Civil Veterinary Department Bengal reports 1933-51 - 1933-1951
Year: 1933
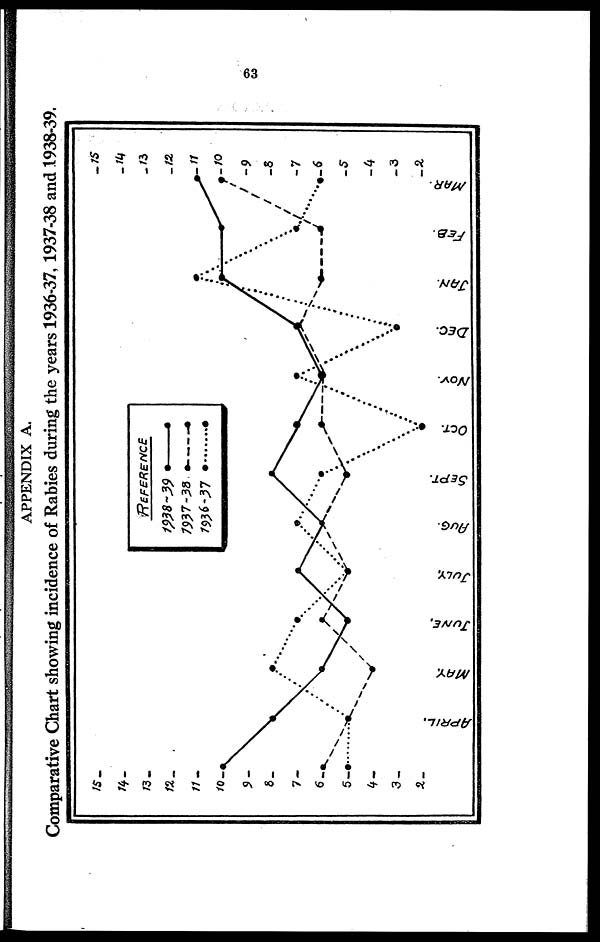
63
APPENDIX A.
Comparative Chart showing incidence of Rabies during the years 1936-37, 1937-38 and 1938-39.